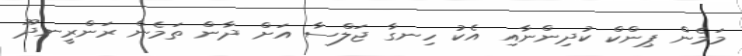
މަމެން ޕިންކް ކުދިންނާއި އެކު ހިނގާ ޖަލްސާ އަށް ދާން ތަމެން ރަންރީނދޫ